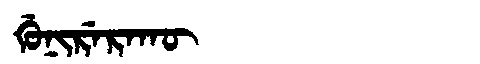
Manchu: ᡤᡠᠨᡳᡵᡝᡵᠠᡴᡡ
Romanization: GUNIRERAKŪ